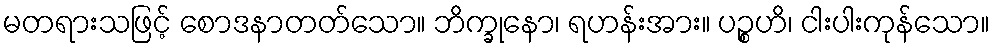
မတရားသဖြင့် စောဒနာတတ်သော။ ဘိက္ခုနော၊ ရဟန်းအား။ ပဉ္စဟိ၊ ငါးပါးကုန်သော။